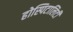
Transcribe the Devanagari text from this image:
होस्पिटालिटी